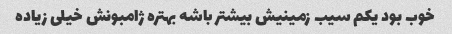
خوب بود یکم سیب زمینیش بیشتر باشه بهتره ژامبونش خیلی زیاده